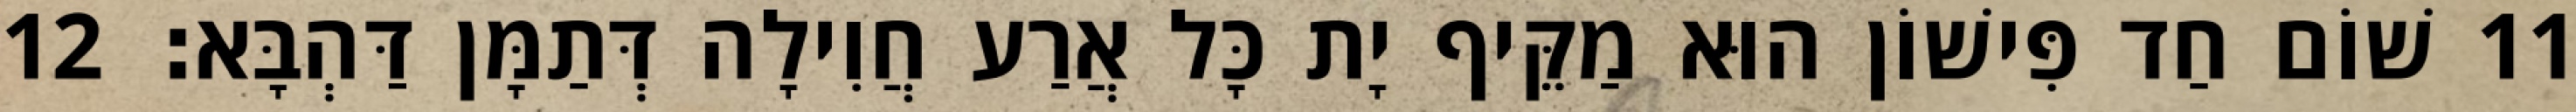
11 שׁוֹם חַד פִּישׁוֹן הוּא מַקֵּיף יָת כָּל אֲרַע חֲוִילָה דְּתַמָּן דַּהְבָּא׃ 12